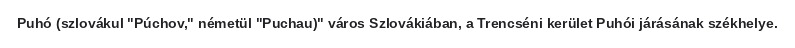
Puhó (szlovákul "Púchov," németül "Puchau)" város Szlovákiában, a Trencséni kerület Puhói járásának székhelye.